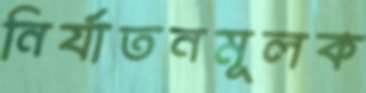
নির্যাতনমূলক